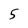
Character: 5